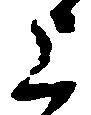
上